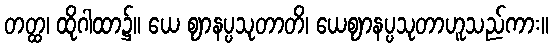
တတ္ထ၊ ထိုဂါထာ၌။ ယေ ဈာနပ္ပသုတာတိ၊ ယေဈာနပ္ပသုတာဟူသည်ကား။